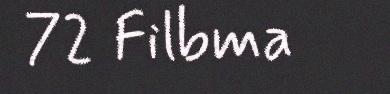
72 Filbma